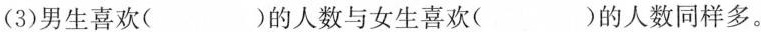
(3)男生喜欢( )的人数与女生喜欢( )的人数同样多。